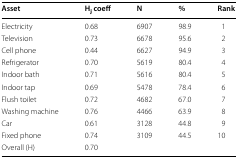
<table><thead><tr><td><b>Asset</b></td><td><b>H<sub>j</sub> coeff</b></td><td><b>N</b></td><td><b>%</b></td><td><b>Rank</b></td></tr></thead><tbody><tr><td>Electricity</td><td>0.68</td><td>6907</td><td>98.9</td><td>1</td></tr><tr><td>Television</td><td>0.73</td><td>6678</td><td>95.6</td><td>2</td></tr><tr><td>Cell phone</td><td>0.44</td><td>6627</td><td>94.9</td><td>3</td></tr><tr><td>Refrigerator</td><td>0.70</td><td>5619</td><td>80.4</td><td>4</td></tr><tr><td>Indoor bath</td><td>0.71</td><td>5616</td><td>80.4</td><td>5</td></tr><tr><td>Indoor tap</td><td>0.69</td><td>5478</td><td>78.4</td><td>6</td></tr><tr><td>Flush toilet</td><td>0.72</td><td>4682</td><td>67.0</td><td>7</td></tr><tr><td>Washing machine</td><td>0.76</td><td>4466</td><td>63.9</td><td>8</td></tr><tr><td>Car</td><td>0.61</td><td>3128</td><td>44.8</td><td>9</td></tr><tr><td>Fixed phone</td><td>0.74</td><td>3109</td><td>44.5</td><td>10</td></tr><tr><td>Overall (H)</td><td>0.70</td><td></td><td></td><td></td></tr></tbody></table>